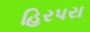
હિરપરા